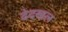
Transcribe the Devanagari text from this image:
देदखल